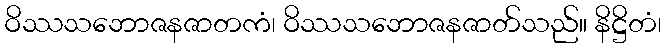
ဝိဿသဘောဇနဇာတကံ၊ ဝိဿသဘောဇနဇာတ်သည်။ နိဋ္ဌိတံ၊